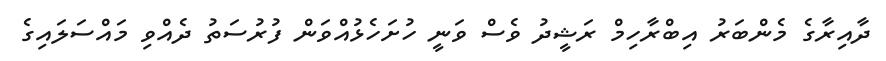
ދާއިރާގެ މެންބަރު އިބްރާހިމް ރަޝީދު ވެސް ވަނީ ހުށަހެޅުއްވަން ފުރުސަތު ދެއްވި މައްސަލައިގެ